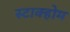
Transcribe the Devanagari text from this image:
स्टाक्होम